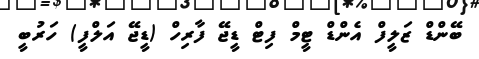
ބޭންޑް ޒަލީފް އެންޑް ޓީމް ފިޓް ޑީޖޭ ފާރިހް (ޑީޖޭ އަލްފީ) ހަރުބީ